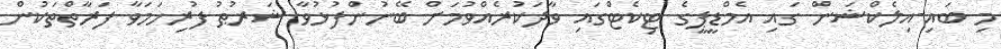
މި ބައި-އިލެކްޝަން ގައި އެމްޑީޕީގެ ޓިކެޓްގައި ވާދަކުރެއްވުމަށް ބޭނުންފުޅުވާ ޝަރުޠު ފުރިހަމަވާ ފަރާތްތަކުން